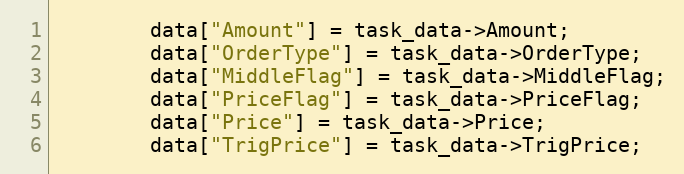
Language: C++
		data["Amount"] = task_data->Amount;
		data["OrderType"] = task_data->OrderType;
		data["MiddleFlag"] = task_data->MiddleFlag;
		data["PriceFlag"] = task_data->PriceFlag;
		data["Price"] = task_data->Price;
		data["TrigPrice"] = task_data->TrigPrice;